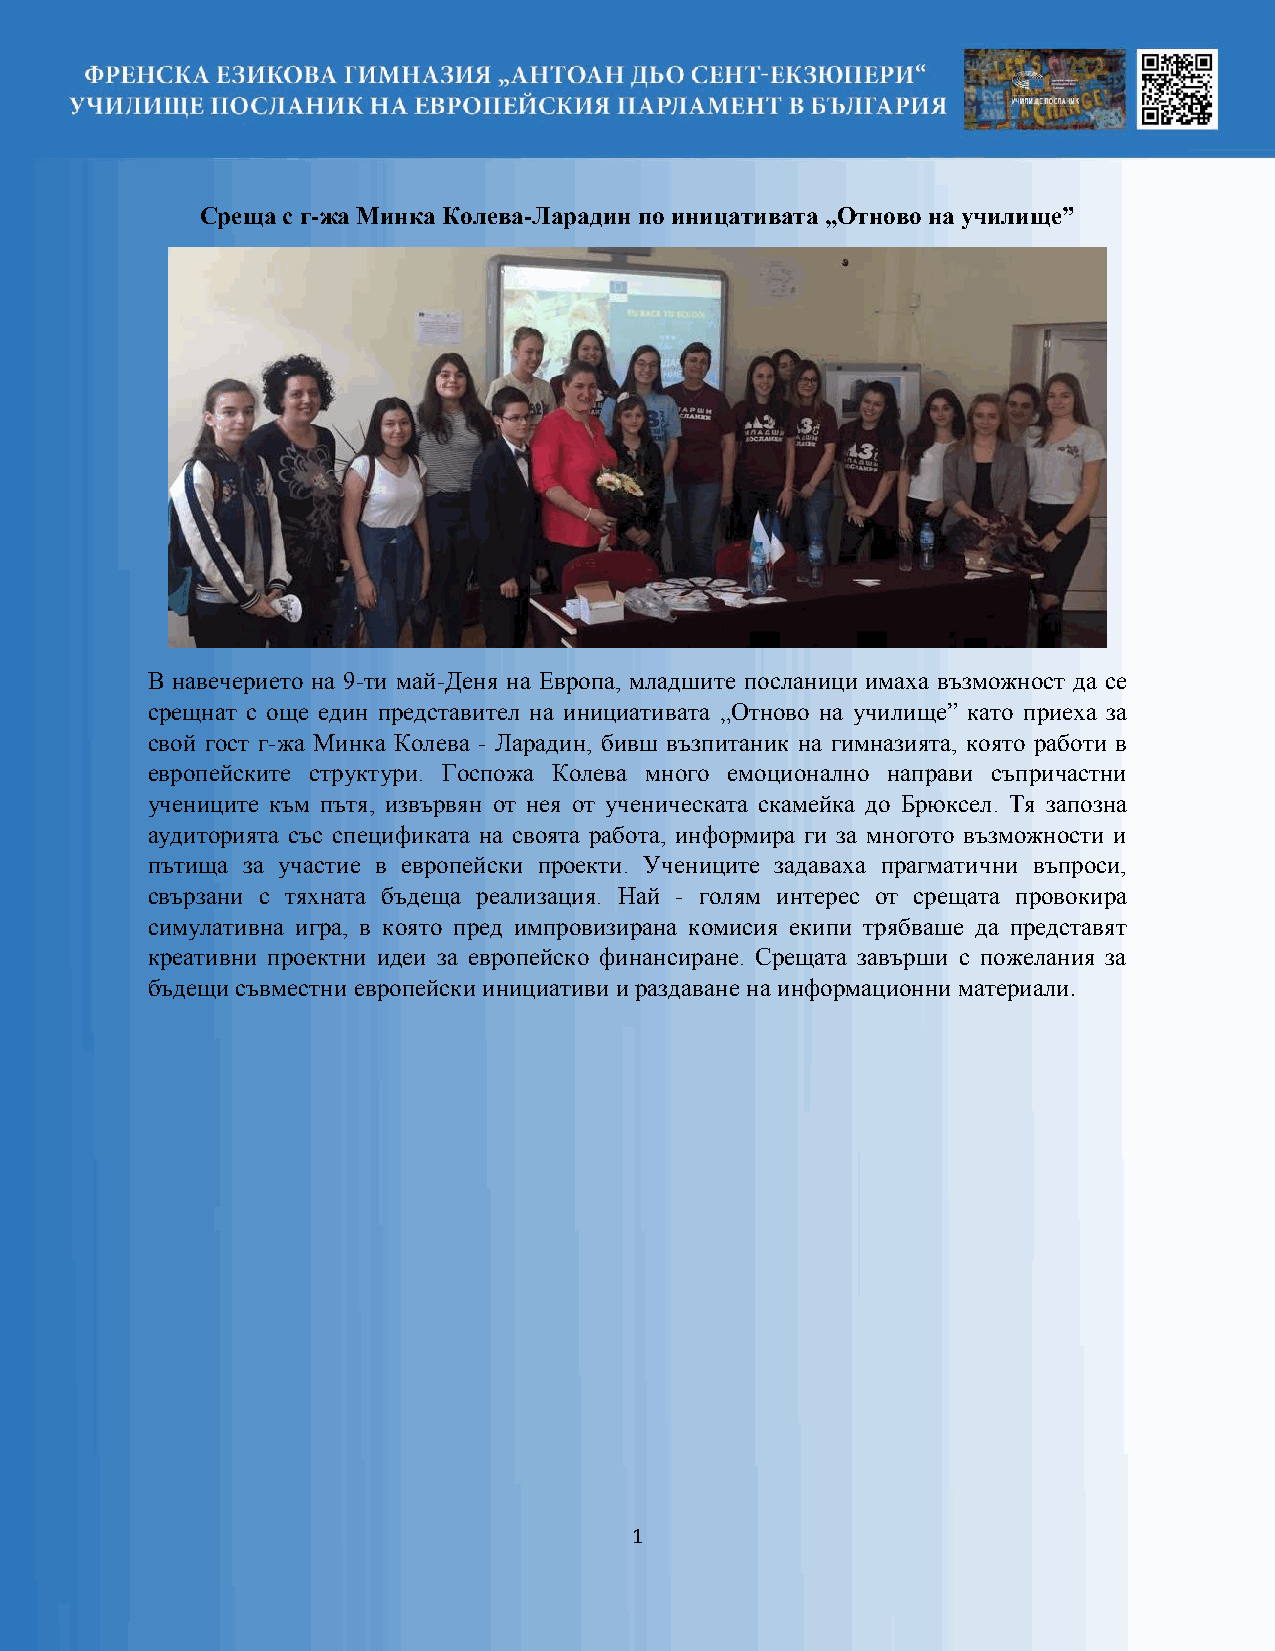
Среща с г-жа Минка Колева-Ларадин по иницативата „Отново на училище”
 В навечерието на 9-ти май-Деня на Европа, младшите посланици имаха възможност да се
 срещнат с още един представител на инициативата „Отново на училище” като приеха за
 свой гост г-жа Минка Колева - Ларадин, бивш възпитаник на гимназията, която работи в
 европейските структури. Госпожа Колева много емоционално направи съпричастни
 учениците към пътя, извървян от нея от ученическата скамейка до Брюксел. Тя запозна
 аудиторията със спецификата на своята работа, информира ги за многото възможности и
 пътища за участие в европейски проекти. Учениците задаваха прагматични въпроси,
 свързани с тяхната бъдеща реализация. Най - голям интерес от срещата провокира
 симулативна игра, в която пред импровизирана комисия екипи трябваше да представят
 креативни проектни идеи за европейско финансиране. Срещата завърши с пожелания за
 бъдещи съвместни европейски инициативи и раздаване на информационни материали.
 1